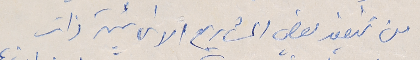
من تنفيذ بعض المشاريع الانمائية ذات